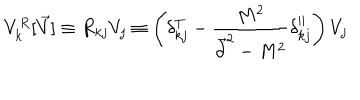
V _ { k } ^ { R } [ \vec { V } ] \equiv R _ { k j } V _ { j } \equiv \left( \delta _ { k j } ^ { T } - { \frac { M ^ { 2 } } { \vec { \partial } ^ { 2 } - M ^ { 2 } } } \delta _ { k j } ^ { | | } \right) V _ { j }